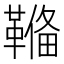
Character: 𩌎